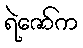
ရဲဇော်က